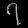
Digit: ၇